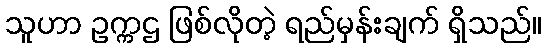
သူဟာ ဥက္ကဌ ဖြစ်လိုတဲ့ ရည်မှန်းချက် ရှိသည်။